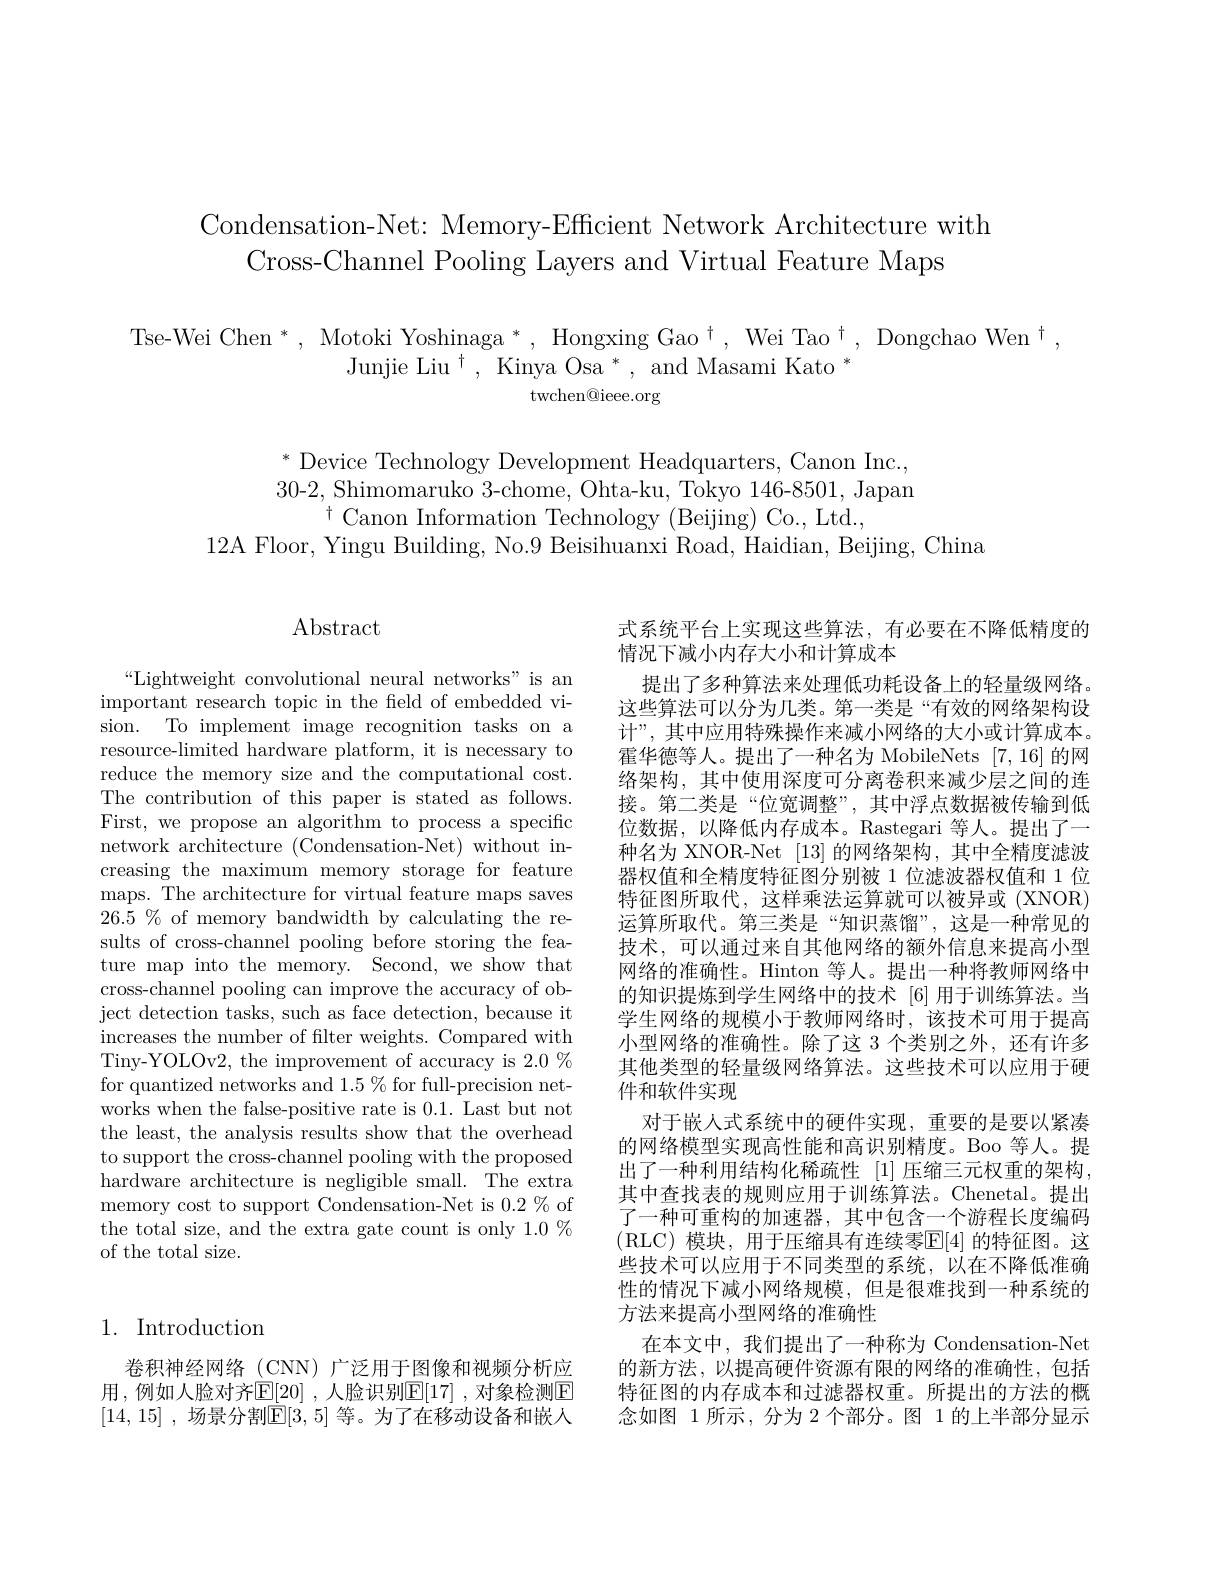
Condensation-Net: Memory-Efficient Network Architecture with
Cross-Channel Pooling Layers and Virtual Feature Maps

$\begin{array}{c}{\mathrm{Tse-Wei~Chen~}^{*},~\mathrm{Motoki~Yoshinaga~}^{*},~\mathrm{Hongxing~Gao}^{\dagger},~\mathrm{Wei~Tao}^{\dagger},~\mathrm{Dongchao~Wen}^{\dagger},}\\{\mathrm{Junjie~Liu}^{\dagger},~\mathrm{Kinya~Osa~}^{*},~\mathrm{and~Masami~Kato}^{*}}\end{array}$
twchen@ieee.org

$^*$Device Technology Development Headquarters, Canon Inc., 30-2, Shimomaruko 3-chome, Ohta-ku, Tokyo 146-8501, Japam
$^{\dagger}$Canon Information Technology (Beijing) Co., Ltd.,
12A Floor, Yingu Building, No.9 Beisihuanxi Road, Haidian, Beijing, China

$\operatorname{Abstract}$

$“$Lightweight convolutional neural networks" is an important research topic in the feld of embedded vision. To implement image recognition tasks on a resource-limited hardware platform, it is necessary to reduce the memory size and the computational cost. The contribution of this paper is stated as follows. First, we propose an algorithm to process a specific network architecture (Condensation-Net) without increasing the maximum memory storage for feature maps. The architecture for virtual feature maps saves $26.5\%$ of memory bandwidth by calculating the results of cross-channel pooling before storing the feature map into the memory. Second, we show that cross-channel pooling can improve the accuracy of object detection tasks, such as face detection, because it increases the number of filter weights. Compared with Tiny-YOLOv2, the improvement of accuracy is 2.0 % for quantized networks and $1.5\%$ for full-precision networks when the false-positive rate is 0.1. Last but not the least, the analysis results show that the overhead to support the cross-channel pooling with the proposed hardware architecture is negligible small. The extra memory cost to support Condensation-Net is 0.2 % of the total size, and the extra gate count is only 1.0% of the total size.

式系统平台上实现这些算法，有必要在不降低精度的
情况下减小内存大小和计算成本
提出了多种算法来处理低功耗设备上的轻量级网络。这些算法可以分为几类。第一类是“有效的网络架构设计”, 其中应用特殊操作来减小网络的大小或计算成本。霍华德等人。提出了一种名为 MobileNets [7,16] 的网络架构，其中使用深度可分离卷积来减少层之间的连接。第二类是“位宽调整”,其中浮点数据被传输到低位数据，以降低内存成本。Rastegari 等人。提出了一种名为 XNOR-Net [13] 的网络架构，其中全精度滤波器权值和全精度特征图分别被 1 位滤波器权值和 1 位特征图所取代，这样乘法运算就可以被异或(XNOR) 运算所取代。第三类是“知识蒸馏”,这是一种常见的技术，可以通过来自其他网络的额外信息来提高小型网络的准确性。Hinton 等人。提出一种将教师网络中的知识提炼到学生网络中的技术 [6]用于训练算法。当学生网络的规模小于教师网络时，该技术可用于提高小型网络的准确性。除了这 3 个类别之外，还有许多其他类型的轻量级网络算法。这些技术可以应用于硬件和软件实现
对于嵌人式系统中的硬件实现，重要的是要以紧凑的网络模型实现高性能和高识别精度。Boo 等人。提出了一种利用结构化稀疏性 [1] 压缩三元权重的架构， 其中查找表的规则应用于训练算法。Chenetal。提出了一种可重构的加速器，其中包含一个游程长度编码(RLC)模块，用于压缩具有连续零E[4]的特征图。这些技术可以应用于不同类型的系统，以在不降低准确性的情况下减小网络规模，但是很难找到一种系统的方法来提高小型网络的准确性
在本文中，我们提出了一种称为 Condensation-Net 的新方法，以提高硬件资源有限的网络的准确性，包括
用，例如人脸对齐$\mathbb{E}[20]$ ,人脸识别$\mathbb{E}[17]$ ,对象检测$\mathbb{E}$ 特征图的内存成本和过滤器权重。所提出的方法的概
念如图 1 所示，分为 2 个部分。图 1 的上半部分显示

## 1. Introduction

卷积神经网络(CNN)广泛用于图像和视频分析应[14,15] ,场景分割$\mathbb{E}[3,5]$ 等。为了在移动设备和嵌人